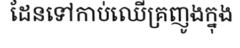
ដែនទៅកាប់ឈើគ្រញូងក្នុង